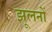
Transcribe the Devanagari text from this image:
झूलनों